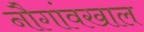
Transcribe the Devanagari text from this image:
नौगांवखाल